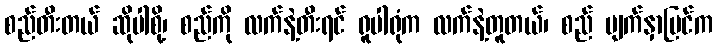
စည်တီးတယ် ဆိုပါစို့၊ စည်ကို လက်နဲ့တီးရင် ရူပါရုံက လက်နဲ့တူတယ်၊ စည် မျက်နှာပြင်က